Insane asylums in Bengal annual reports 1867-1875 - 1867-1875
Year: 1867
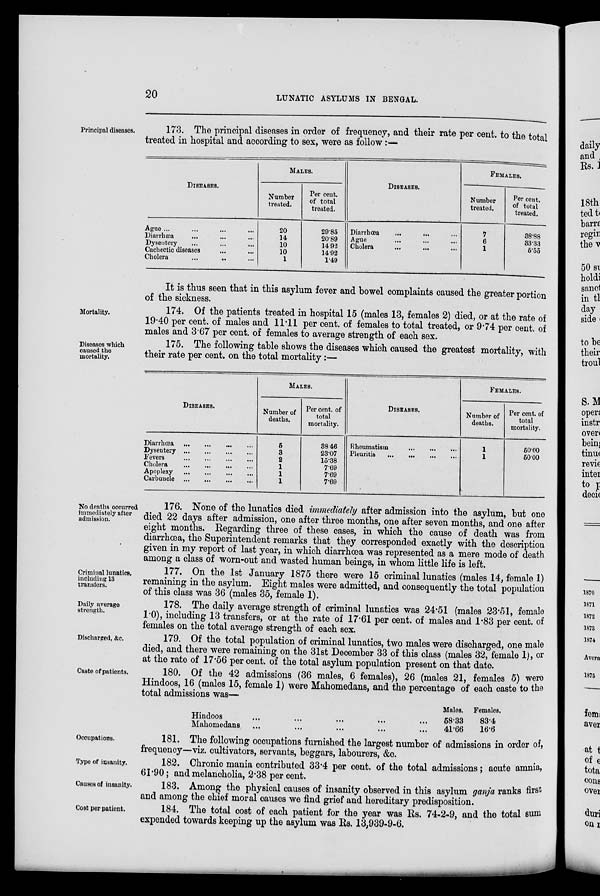
20
LUNATIC ASYLUMS IN BENGAL.
Principal diseases.
173. The principal diseases in order of frequency, and their rate per cent. to the total
treated in hospital and according to sex, were as follow :—
DISEASES.
Ague ... ... ... ...
Diarrhæa ... ... ...
Dysentery ... ... ...
Cachectic diseases ... ...
Cholera ... ...
...
MALES.
Number
treated.
20
14
10
10
1
Per cent.
of total
treated.
29.85
20.89
14 92
14.92
1.49
DISEASES.
Diarrhœa
... ... ...
Ague ... ... ...
Cholera ... ... ...
FEMALES.
Number
treated.
7
6
1
Per cent.
of total
treated.
38.88
33.33
5.55
It is thus seen that in this asylum fever and bowel complaints caused the greater portion
of the sickness.
Mortality.
174. Of the patients treated in hospital 15 (males 13, females 2) died, or at the rate of
19.40 per cent. of males and 11.11 per cent. of females to total treated, or 9.74 per cent. of
males and 3.67 per cent. of females to average strength of each sex.
Diseases which
caused the
mortality.
175. The following table shows the diseases which caused the greatest mortality, with
their rate per cent. on the total mortality :—
DISEASES.
Diarrhœa
...
...
...
...
Dysentery ... ... ... ...
Fevers
...
...
...
...
Cholera
...
...
...
...
Apoplexy
...
...
...
...
Carbuncle ... ... ... ...
MALES.
Number of
deaths.
5
3
2
1
1
1
Per cent. of
total
mortality.
38.46
23.07
15.38
7.69
7.69
7.69
DISEASES.
Rheumatism
...
...
...
Pleuritia
...
...
...
...
FEMALES.
Number of
deaths.
1
1
Per cent. of
total
mortality.
50.00
50.00
No deaths occurred
immediately after
admission.
176. None of the lunatics died immediately after admission into the asylum, but one
died 22 days after admission, one after three months, one after seven months, and one after
eight months. Regarding three of these cases, in which the cause of death was from
diarrhoea, the Superintendent remarks that they corresponded exactly with the description
given in my report of last year, in which diarrhoea was represented as a mere mode of death
among a class of worn-out and wasted human beings, in whom little life is left.
Criminal lunatics,
including 13
transfers.
177. On the 1st January 1875 there were 15 criminal lunatics (males 14, female 1)
remaining in the asylum. Eight males were admitted, and consequently the total population
of this class was 36 (males 35, female 1).
Daily average
strength.
178. The daily average strength of criminal lunatics was 24.51 (males 23.51, female
1.0), including 13 transfers, or at the rate of 17.61 per cent. of males and 1.83 per cent. of
females on the total average strength of each sex.
Discharged, &c.
179. Of the total population of criminal lunatics, two males were discharged, one male
died, and there were remaining on the 31st December 33 of this class (males 32, female 1), or
at the rate of 17.56 per cent. of the total asylum population present on that date.
Caste of patients.
180. Of the 42 admissions (36 males, 6 females), 26 (males 21, females 5) were
Hindoos, 16 (males 15, female 1) were Mahomedans, and the percentage of each caste to the
total admissions was—
Hindoos ... ... ... ... ...
Mahomedans ... ... ... ... ...
Males.
58.33
41.66
Females.
83.4
16.6
Occupations.
181. The following occupations furnished the largest number of admissions in order of,
frequency—viz. cultivators, servants, beggars, labourers, &c.
Type of insanity.
182. Chronic mania contributed 33.4 per cent. of the total admissions; acute amnia,
61.90; and melancholia, 2.38 per cent.
Causes of insanity.
183. Among the physical causes of insanity observed in this asylum ganja ranks first
and among the chief moral causes we find grief and hereditary predisposition.
Cost per patient.
184. The total cost of each patient for the year was Rs. 74-2-9, and the total sum
expended towards keeping up the asylum was Rs. 13,939-9-6.